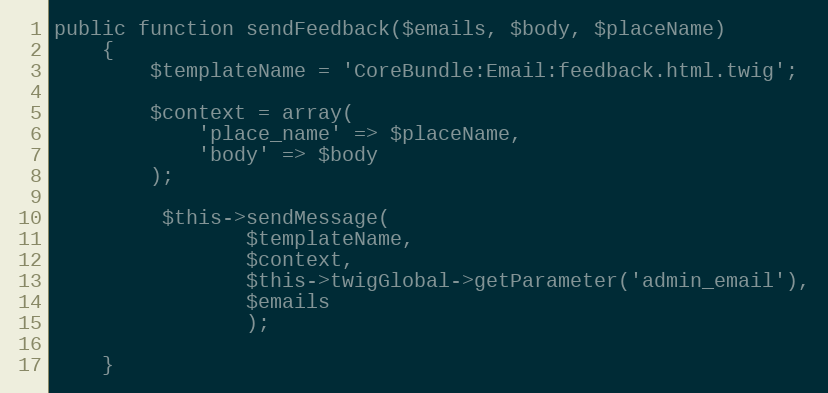
Language: PHP
public function sendFeedback($emails, $body, $placeName)
    {
        $templateName = 'CoreBundle:Email:feedback.html.twig';

        $context = array(
            'place_name' => $placeName,
            'body' => $body
        );

         $this->sendMessage(
                $templateName,
                $context,
                $this->twigGlobal->getParameter('admin_email'),
                $emails
                );

    }